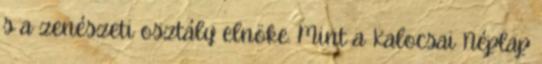
s a zenészeti osztály elnöke. Mint a Kalocsai Néplap